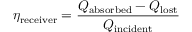
\eta _ { \mathrm { r e c e i v e r } } = { \frac { Q _ { \mathrm { a b s o r b e d } } - Q _ { \mathrm { l o s t } } } { Q _ { \mathrm { i n c i d e n t } } } }